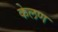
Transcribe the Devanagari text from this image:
केलण